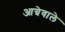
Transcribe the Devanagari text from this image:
आग्रेवाले